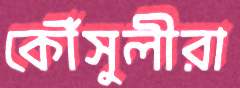
কৌঁসুলীরা